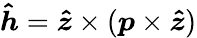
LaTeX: \boldsymbol{\hat{h}}=\boldsymbol{\hat{z}}\times(\boldsymbol{p}\times\boldsymbol{\hat{z}})